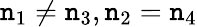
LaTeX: \mathtt{n}_{1}\neq\mathtt{n}_{3},\mathtt{n}_{2}=\mathtt{n}_{4}